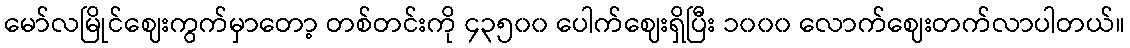
မော်လမြိုင်ဈေးကွက်မှာတော့ တစ်တင်းကို ၄၃၅၀၀ ပေါက်ဈေးရှိပြီး ၁၀၀၀ လောက်ဈေးတက်လာပါတယ်။